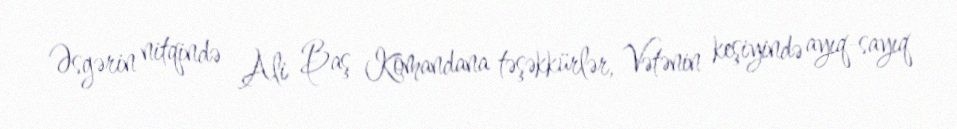
Əsgərin nitqində Ali Baş Komandana təşəkkürlər, Vətənin keşiyində ayıq-sayıq